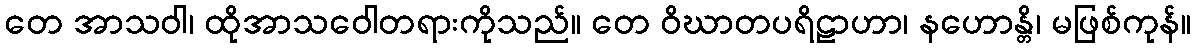
တေ အာသဝါ၊ ထိုအာသဝေါတရားကိုသည်။ တေ ဝိဃာတပရိဠာဟာ၊ နဟောန္တိ၊ မဖြစ်ကုန်။